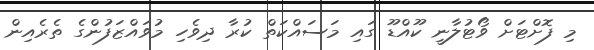
މި ފޮށްޓަށް ވޯޓުލާނީ ކޫއްޑޫ ގައި މަސައްކަތް ކުރާ ދިވެހި މުވައްޒަފުންގެ ތެރެއިން